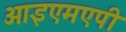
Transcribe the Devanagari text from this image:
आइएमएपी